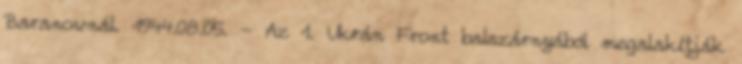
Baranownál. 1944.08.05. - Az 1. Ukrán Front balszárnyából megalakítják